Report on sanitation, dispensaries, and jails in Rajputana for 1917, and on vaccination for the year 1917-1918 - 1917-1918
Year: 1917
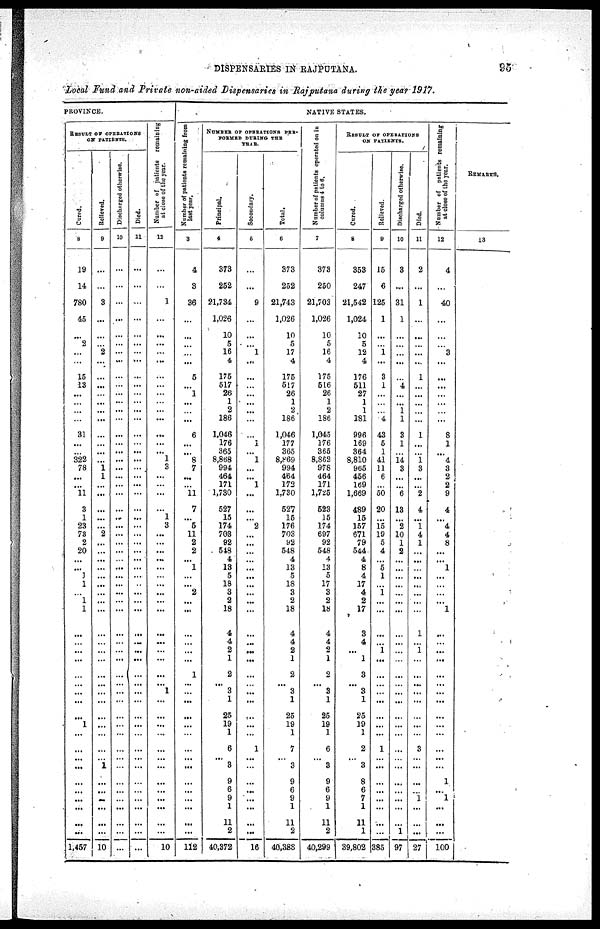
DISPENSARIES IN RAJPUTANA.
95
Local Fund and Private non-aided Dispensaries in Rajputana during the year 1917.
PROVINCE.
RESULT OF OPERATIONS
ON PATIENTS.
Cured.
8
19
14
780
45
...
2
...
...
15
13
...
...
...
...
31
...
...
322
78
...
...
11
3
1
23
73
2
20
...
...
1
1
...
1
1
...
...
...
...
...
...
...
...
...
1
...
...
...
...
...
...
...
...
...
...
1,457
Relieved.
9
...
...
3
...
...
...
2
...
...
...
...
...
...
...
...
...
...
...
1
1
...
...
...
...
...
2
...
...
...
...
...
...
...
...
...
...
...
...
...
...
...
...
...
...
...
...
...
...
1
...
...
...
...
...
...
10
Discharged otherwise.
10
...
...
...
...
...
...
...
...
...
...
...
...
...
...
...
...
...
...
...
...
...
...
...
...
...
...
...
...
...
...
...
...
...
...
...
...
...
...
...
...
...
...
...
...
...
...
...
...
...
...
...
...
...
...
...
...
Died.
11
...
...
...
...
...
...
...
...
...
...
...
...
...
...
...
...
...
...
...
...
...
...
...
...
...
...
...
...
...
...
...
...
...
...
...
...
...
...
...
...
...
...
...
...
...
...
...
...
...
...
...
...
...
...
...
...
N umber of patients remaining
at close of the year.
12
...
...
1
...
...
...
...
...
...
...
...
...
...
...
...
...
...
1
3
...
...
...
...
1
3
...
...
...
...
...
...
...
...
...
...
...
...
...
...
...
...
1
...
...
...
...
...
...
...
...
...
...
...
...
...
10
NATIVE STATES.
Number of patients remaining from
last year.
3
4
3
36
...
...
...
...
...
5
...
1
...
...
...
6
...
...
8
7
...
...
11
7
...
5
11
2
2
...
1
...
...
2
...
...
...
...
...
...
1
...
...
...
...
...
...
...
...
...
...
...
...
...
...
...
112
NUMBER OF OPERATIONS PER¬
FORMED DURING THE
YEAR.
Principal.
4
373
252
21,734
1,026
10
5
16
4
175
517
26
1
2
186
1,046
176
365
8,868
994
464
171
1,730
527
15
174
703
92
548
4
13
5
18
3
2
18
4
4
2
1
2
...
3
1
25
19
1
6
...
3
9
6
9
1
11
2
40,372
Secondary.
5
...
...
9
...
...
...
1
...
...
...
...
...
...
...
1
...
1
...
...
1
...
...
...
2
...
...
...
...
...
...
...
...
...
...
...
...
...
...
...
...
...
...
...
...
...
1
...
...
...
...
...
...
...
...
16
Total.
6
373
252
21,743
1,026
10
5
17
4
175
517
26
1
2
186
1,046
177
365
8,869
994
464
172
1,730
527
15
176
703
92
548
4
13
5
18
3
2
18
4
4
2
1
2
...
3
1
25
19
1
7
...
3
9
6
9
1
11
2
40,383
Number of patients operated on In
columns 4 to 6.
7
373
250
21,703
1,026
10
5
16
4
175
516
26
1
2
186
1,045
176
365
8,862
978
464
171
1,725
523
15
174
697
92
548
4
13
5
17
3
2
18
4
4
2
1
2
...
3
1
25
19
1
6
...
3
9
6
9
1
11
2
40,299
RESULT OF OPERATIONS
ON PATIENTS.
Cured.
8
353
247
21,542
1,024
10
5
12
4
176
511
27
1
1
181
996
169
364
8,810
965
456
169
1,669
489
15
157
671
79
544
4
8
4
17
4
2
17
3
4
...
1
3
...
3
1
25
19
1
2
...
3
8
6
7
1
11
1
39,802
Relieved.
9
15
6
125
1
...
...
1
...
3
1
...
...
...
4
43
5
1
41
11
6
...
50
20
...
15
19
5
4
...
5
1
...
1
...
...
...
...
1
...
...
...
...
...
...
...
...
1
...
...
...
...
...
...
...
...
385
Discharged otherwise.
10
3
...
31
1
...
...
...
...
...
4
...
...
1
1
3
1
...
14
3
...
...
6
13
...
2
10
1
2
...
...
...
...
...
...
...
...
...
...
...
...
...
...
...
...
...
...
...
...
...
...
...
...
...
...
1
97
Died.
11
2
...
1
...
...
...
...
...
1
...
...
...
...
...
1
...
...
1
3
...
...
2
4
...
1
4
1
...
...
...
...
...
...
...
...
1
...
1
...
...
...
...
...
...
...
...
3
...
...
...
...
1
...
...
...
27
Number of patients remaining
at close of the year.
12
4
...
40
...
...
...
3
...
...
...
...
...
...
...
8
1
...
4
3
2
2
9
4
...
4
4
8
...
...
1
...
...
...
...
1
...
...
...
...
...
...
...
...
...
...
...
...
...
...
1
...
1
...
...
...
100
REMARKS.
13